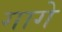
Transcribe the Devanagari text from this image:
गागे